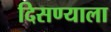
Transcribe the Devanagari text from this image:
दिसण्याला